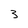
Character: 3